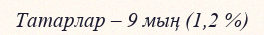
Татарлар – 9 мың (1,2 %)